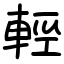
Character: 輕